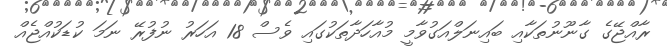
ރާއްޖޭގެ ގާނޫނުތަކާއި ބައިނަލްއަގުވާމީ މުއާހަދާތަކުގައި ވެސް 18 އަހަރު ނުފުރޭ ނަމަ ކުޑަކުއްޖެއް